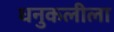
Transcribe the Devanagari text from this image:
धनुकलीला